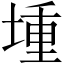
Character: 堹